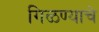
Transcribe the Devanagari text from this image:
गिळण्याचे